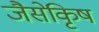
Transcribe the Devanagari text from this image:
जैसेकृिष